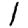
Digit: 1